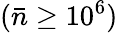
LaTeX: (\bar{n}\geq 10^{6})